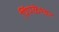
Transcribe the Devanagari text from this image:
पिंपळेश्‍वर